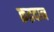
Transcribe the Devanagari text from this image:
क़द्रदान